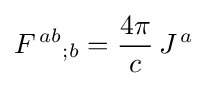
F^{\,ab}{}_{;b}={4\pi  \over c}\,J^{\,a}